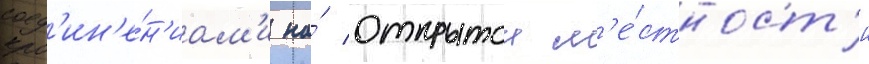
соед'ин'е́н'иам'и на́ открытои м'е́стност'и